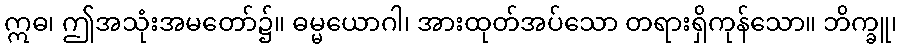
ဣဓ၊ ဤအသုံးအမတော်၌။ ဓမ္မယောဂါ၊ အားထုတ်အပ်သော တရားရှိကုန်သော။ ဘိက္ခူ၊